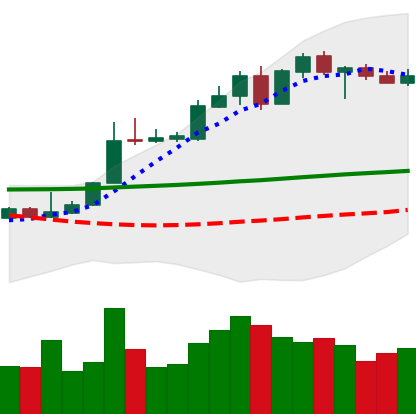
Ticker: XLM-USD
Chart end date: 2020-05-07
Forward return: -3.341%
Label: down_3_5